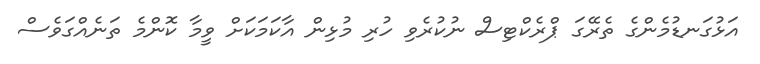
އަޅުގަނޑުމެންގެ ތެރޭގަ ޕްރެކްޓިސް ނުކުރެވި ހުރި މުޅިން އާކަމަކަށް ވީމާ ކޮންމެ ތަނެއްގަވެސް